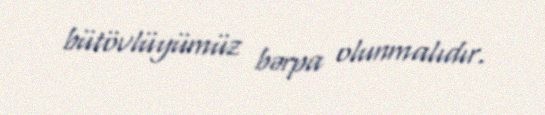
bütövlüyümüz bərpa olunmalıdır.